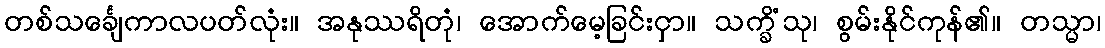
တစ်သင်္ချေကာလပတ်လုံး။ အနုဿရိတုံ၊ အောက်မေ့ခြင်းငှာ။ သက္ခိံသု၊ စွမ်းနိုင်ကုန်၏။ တသ္မာ၊